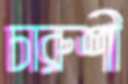
চারুশী